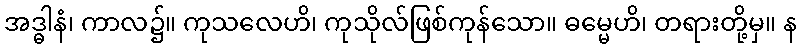
အဒ္ဓါနံ၊ ကာလ၌။ ကုသလေဟိ၊ ကုသိုလ်ဖြစ်ကုန်သော။ ဓမ္မေဟိ၊ တရားတို့မှ။ န